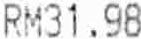
RM31.98